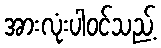
အားလုံးပါဝင်သည့်